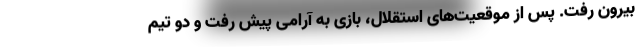
بیرون رفت. پس از موقعیت‌های استقلال، بازی به آرامی پیش رفت و دو تیم